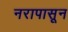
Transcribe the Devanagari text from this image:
नरापासून